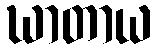
ဃာတာယ